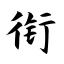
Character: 衔